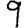
Digit: 9